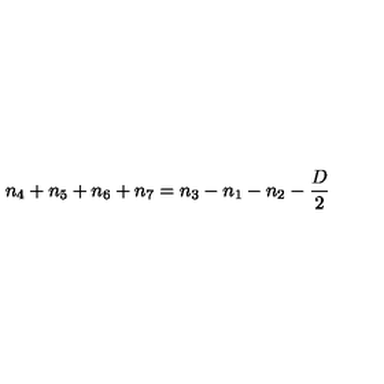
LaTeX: n _ { 4 } + n _ { 5 } + n _ { 6 } + n _ { 7 } = n _ { 3 } - n _ { 1 } - n _ { 2 } - \frac { D } { 2 }